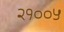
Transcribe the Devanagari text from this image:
२१००५